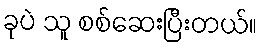
ခုပဲ သူ စစ်ဆေးပြီးတယ်။